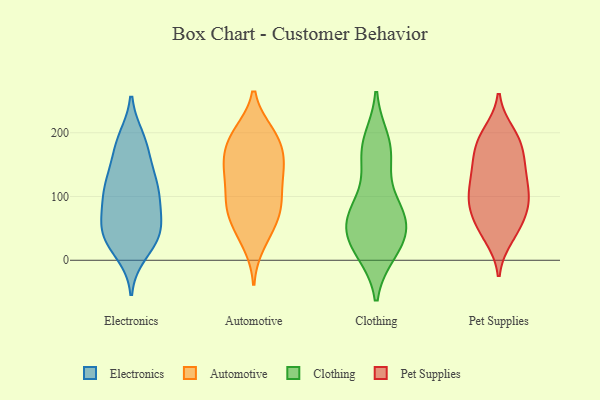
{"axis": {"x": "Waste Production (Tons)", "y": "Value"}, "legend": ["Automotive", "Clothing", "Electronics", "Pet Supplies"], "data": [{"x": "", "y": 160, "type": "Electronics"}, {"x": "", "y": 38, "type": "Electronics"}, {"x": "", "y": 126, "type": "Electronics"}, {"x": "", "y": 186, "type": "Electronics"}, {"x": "", "y": 101, "type": "Electronics"}, {"x": "", "y": 34, "type": "Electronics"}, {"x": "", "y": 44, "type": "Electronics"}, {"x": "", "y": 59, "type": "Electronics"}, {"x": "", "y": 122, "type": "Electronics"}, {"x": "", "y": 63, "type": "Electronics"}, {"x": "", "y": 90, "type": "Electronics"}, {"x": "", "y": 121, "type": "Electronics"}, {"x": "", "y": 43, "type": "Electronics"}, {"x": "", "y": 12, "type": "Electronics"}, {"x": "", "y": 180, "type": "Electronics"}, {"x": "", "y": 190, "type": "Electronics"}, {"x": "", "y": 116, "type": "Electronics"}, {"x": "", "y": 88, "type": "Electronics"}, {"x": "", "y": 28, "type": "Electronics"}, {"x": "", "y": 53, "type": "Automotive"}, {"x": "", "y": 142, "type": "Automotive"}, {"x": "", "y": 83, "type": "Automotive"}, {"x": "", "y": 139, "type": "Automotive"}, {"x": "", "y": 86, "type": "Automotive"}, {"x": "", "y": 151, "type": "Automotive"}, {"x": "", "y": 194, "type": "Automotive"}, {"x": "", "y": 146, "type": "Automotive"}, {"x": "", "y": 199, "type": "Automotive"}, {"x": "", "y": 97, "type": "Automotive"}, {"x": "", "y": 138, "type": "Automotive"}, {"x": "", "y": 80, "type": "Automotive"}, {"x": "", "y": 191, "type": "Automotive"}, {"x": "", "y": 47, "type": "Automotive"}, {"x": "", "y": 196, "type": "Automotive"}, {"x": "", "y": 27, "type": "Automotive"}, {"x": "", "y": 172, "type": "Automotive"}, {"x": "", "y": 91, "type": "Automotive"}, {"x": "", "y": 14, "type": "Clothing"}, {"x": "", "y": 187, "type": "Clothing"}, {"x": "", "y": 33, "type": "Clothing"}, {"x": "", "y": 66, "type": "Clothing"}, {"x": "", "y": 50, "type": "Clothing"}, {"x": "", "y": 59, "type": "Clothing"}, {"x": "", "y": 174, "type": "Clothing"}, {"x": "", "y": 174, "type": "Clothing"}, {"x": "", "y": 74, "type": "Clothing"}, {"x": "", "y": 15, "type": "Clothing"}, {"x": "", "y": 77, "type": "Clothing"}, {"x": "", "y": 150, "type": "Clothing"}, {"x": "", "y": 24, "type": "Clothing"}, {"x": "", "y": 87, "type": "Clothing"}, {"x": "", "y": 154, "type": "Pet Supplies"}, {"x": "", "y": 47, "type": "Pet Supplies"}, {"x": "", "y": 108, "type": "Pet Supplies"}, {"x": "", "y": 186, "type": "Pet Supplies"}, {"x": "", "y": 85, "type": "Pet Supplies"}, {"x": "", "y": 36, "type": "Pet Supplies"}, {"x": "", "y": 116, "type": "Pet Supplies"}, {"x": "", "y": 187, "type": "Pet Supplies"}, {"x": "", "y": 189, "type": "Pet Supplies"}, {"x": "", "y": 85, "type": "Pet Supplies"}, {"x": "", "y": 86, "type": "Pet Supplies"}, {"x": "", "y": 72, "type": "Pet Supplies"}, {"x": "", "y": 149, "type": "Pet Supplies"}, {"x": "", "y": 132, "type": "Pet Supplies"}, {"x": "", "y": 200, "type": "Pet Supplies"}, {"x": "", "y": 149, "type": "Pet Supplies"}, {"x": "", "y": 104, "type": "Pet Supplies"}, {"x": "", "y": 47, "type": "Pet Supplies"}]}